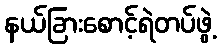
နယ်ခြားစောင့်ရဲတပ်ဖွဲ့